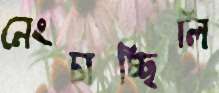
নেংচাচ্ছিলি